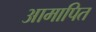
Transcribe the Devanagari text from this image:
आमापित